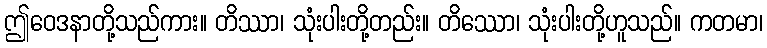
ဤဝေဒနာတို့သည်ကား။ တိဿာ၊ သုံးပါးတို့တည်း။ တိဿော၊ သုံးပါးတို့ဟူသည်။ ကတမာ၊